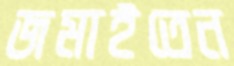
জমাইতেন